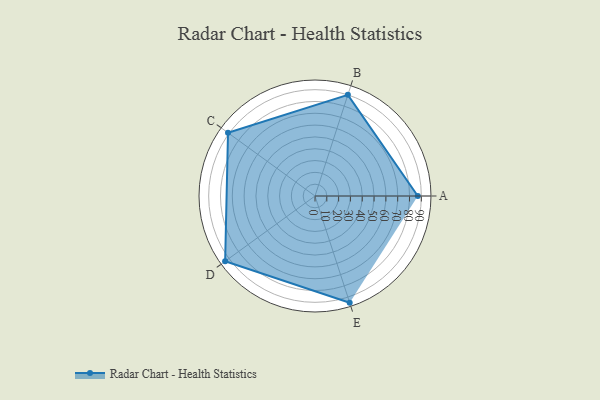
{"axis": {"x": "Skill", "y": "Score"}, "legend": ["Profile"], "data": [{"x": "A", "y": 87.0, "type": "Profile"}, {"x": "B", "y": 90.0, "type": "Profile"}, {"x": "C", "y": 91.0, "type": "Profile"}, {"x": "D", "y": 94.0, "type": "Profile"}, {"x": "E", "y": 95.0, "type": "Profile"}]}